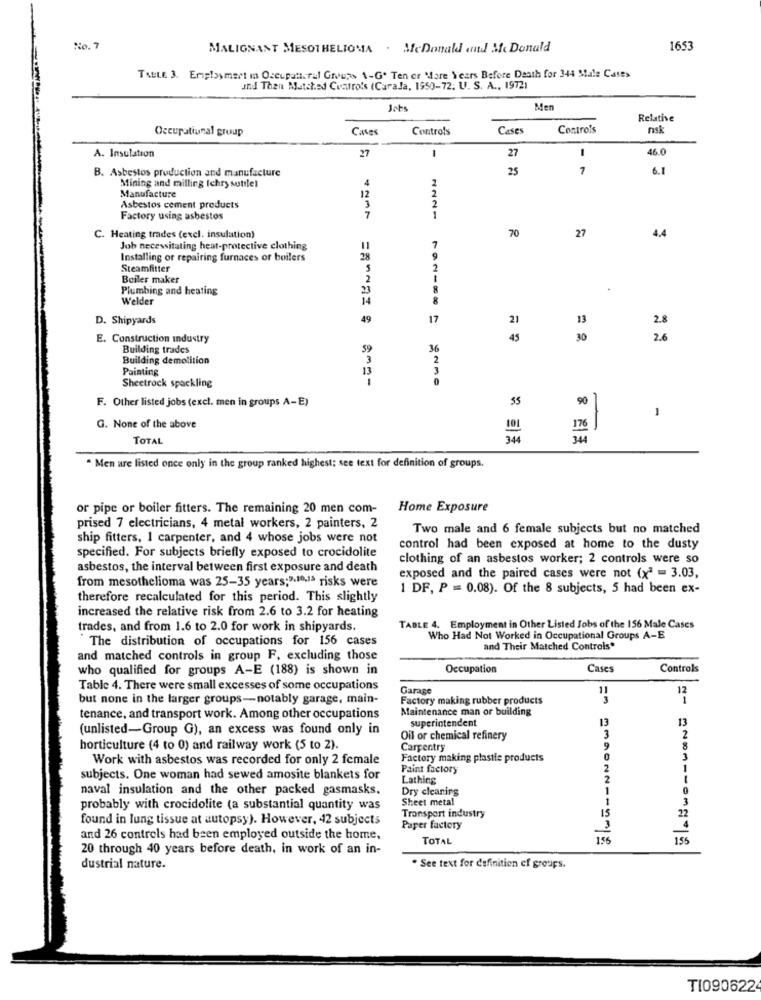
No. 7
MALIGNANT MESOTHELIOMA . McDonald and Mc Donald
1653
TABLE 3. Employment in Occupaticral Groups A-G. Ten or More Years Before Death for 344 Male Cases
and Then Matched Cuatro's (CaraJa, 1950-72. U. S. A ., 1972)
Jobs
Men
Relative
Occupational group
Cases
Controls
Cases
Controls
nsk
-
27
46.0
A. Insulation
27
B. Asbestos production and manufacture
25
7
6. 1
4
Mining and milling (chry sotile)
12
Manufacture
2
Asbestos cement products
3
7
Factory using asbestos
1
1221
70
27
C. Heating trades (excl. insulation)
4.4
Job necessitating heat-protective clothing
7
Installing or repairing furnaces or boilers
28
9
Steamfitter
5
2
Boiler maker
2
1
Plumbing and heating
8
Welder
8
D. Shipyards
49
17
21
13
2.8
E. Construction industry
45
30
2.6
Building trades
59
36
Building demolition
2
Painting
3
10
Sheetrock spackling
55
90
F. Other listed jobs (excl. men in groups A-E)
1
-
G. None of the above
176
TOTAL
344
. Men are listed once only in the group ranked highest: see text for definition of groups.
or pipe or boiler fitters. The remaining 20 men com-
Home Exposure
prised 7 electricians, 4 metal workers, 2 painters, 2
Two male and 6 female subjects but no matched
ship fitters, 1 carpenter, and 4 whose jobs were not
control had been exposed at home to the dusty
specified. For subjects briefly exposed to crocidolite
clothing of an asbestos worker; 2 controls were so
asbestos, the interval between first exposure and death
from mesothelioma was 25-35 years;3.10,13 risks were
exposed and the paired cases were not (x2 = 3.03,
1 DF, P = 0.08). Of the 8 subjects, 5 had been ex-
therefore recalculated for this period. This slightly
increased the relative risk from 2.6 to 3.2 for heating
trades, and from 1.6 to 2.0 for work in shipyards.
TABLE 4. Employment in Other Listed Jobs of the 156 Male Cases
The distribution of occupations for 156 cases
Who Had Not Worked in Occupational Groups A-E
and Their Matched Controls*
and matched controls in group F, excluding those
who qualified for groups A-E (188) is shown in
Occupation
Cases
Controls
Table 4. There were small excesses of some occupations
Garage
11
but none in the larger groups-notably garage, main-
Factory making rubber products
3
12
Maintenance man or building
tenance, and transport work. Among other occupations
superintendent
13
13
(unlisted-Group G), an excess was found only in
Oil or chemical refinery
3
2
horticulture (4 to 0) and railway work (5 to 2).
Carpentry
9
8
Work with asbestos was recorded for only 2 female
Factory making plastie products
3
Paint factory
2
1
subjects. One woman had sewed amosite blankets for
Lathing
2
naval insulation and the other packed gasmasks.
Dry cleaning
1
Sheet metal
1
3
probably with crocidolite (a substantial quantity was
found in lung tissue at autopsy). However, 42 subjects
Transport industry
15
22
Paper factory
4
and 26 controls had been employed outside the home,
TOTAL
156
155
20 through 40 years before death, in work of an in-
dustrial nature.
. See text for definition of groups.
TI0906224